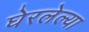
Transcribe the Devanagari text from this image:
घेरलेल्या